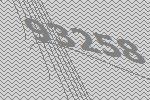
93258